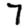
Digit: 7